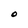
Character: O